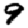
Digit: 9